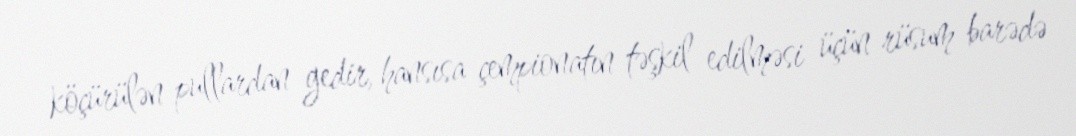
köçürülən pullardan gedir, hansısa çempionatın təşkil edilməsi üçün rüsum barədə